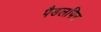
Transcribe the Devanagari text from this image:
पैडलपिन